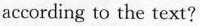
according to the text?